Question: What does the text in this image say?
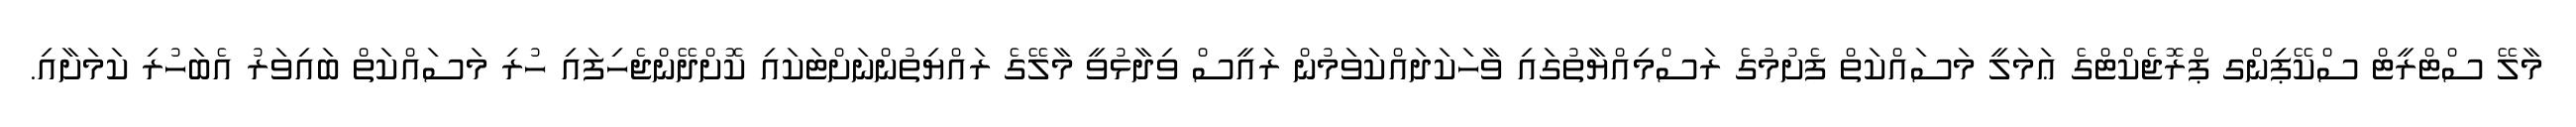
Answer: މާލޭ ސްޓްރީޓް ސްކޭޕިންގ ޕްރޮޖެކްޓްގެ ޢަމަލީ މަސައްކަތް ފެށުމުގެ ރަސްމިއްޔާތުގައި ވާހަކަދައްކަވަމުން ރައީސް ވިދާޅުވީ މާލޭގެ ރައްޔިތުންނަށްޓަކައި ކޮށްދޭންޖެހިފައި ހުރި މަސައްކަތް ބައިވަރު އެބަހުރި ކަމަށާއި.